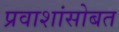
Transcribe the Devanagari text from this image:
प्रवाशांसोबत